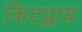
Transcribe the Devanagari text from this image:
किटप्लाय